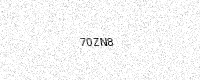
Text: 70ZN8